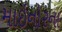
માઇનોરના